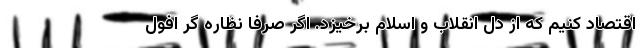
اقتصاد کنیم که از دل انقلاب و اسلام برخیزد. اگر صرفا نظاره گر افول